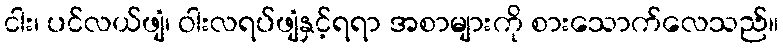
ငါး၊ ပင်လယ်ဖျံ၊ ဝါးလရပ်ဖျံနှင့်ရရာ အစာများကို စားသောက်လေသည်။